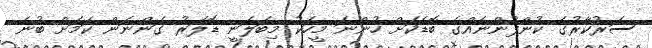
ސަރުކާރުގެ ކުންފުންނެއްގެ ބޮޑަކަށް ހުންނަ މީހަކު މިބަލަނީ ޑޮލަރު ގަންނަން ކަމަށް ބުނެ